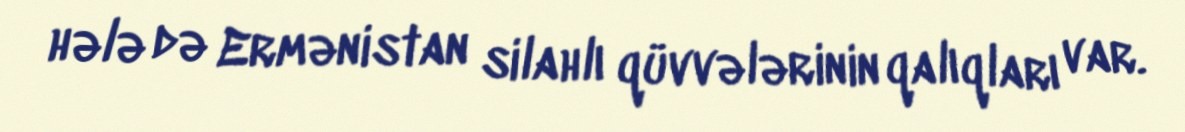
hələ də Ermənistan silahlı qüvvələrinin qalıqları var.